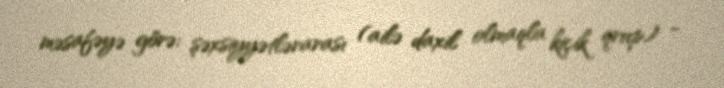
məsafəyə görə: şəxsiyyətlərarası (ailə daxil olmaqla kiçik qrup) -